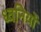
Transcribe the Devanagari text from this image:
ध्‍वनियों